Report on vaccination in the Province of Bengal - 1869-1873
Year: 1869
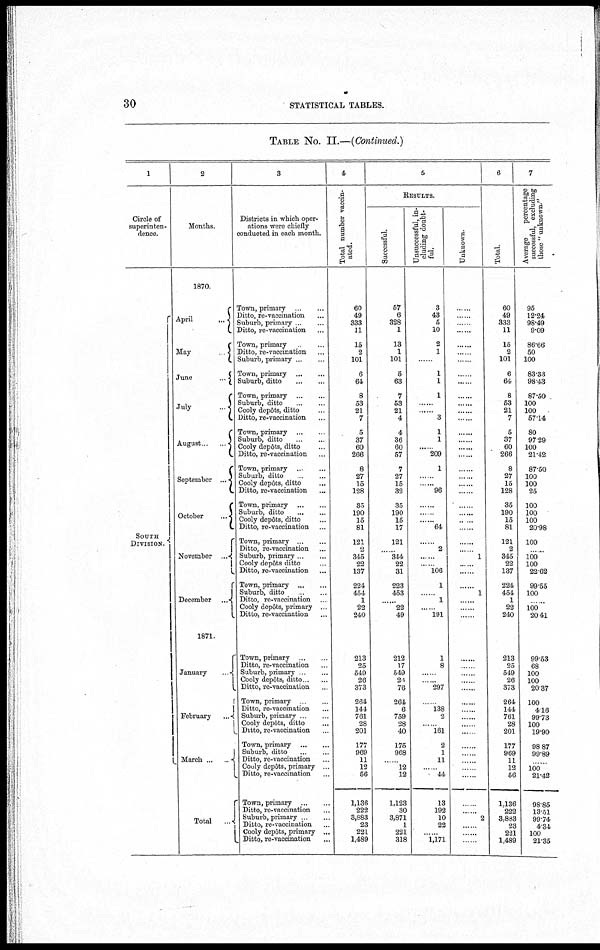
30
STATISTICAL TABLES.
TABLE No. II.—(Continued.)
1
Circle of
superinten-
dence.
SOUTH
DIVISION.
2
Months.
1870.
April
...
May
June
..
July
..
August.. ..
September ...
October
...
November ...
December ...
1871.
January
Febr uar y. .
.
March ...
.
Total ..
3
Districts in which oper-
ations were chiefly
conducted in each month.
Town, primary...
Ditto, re-vaccination...
Suburb, primary .
Ditto, re-vaccination...
Town, primary..
Ditto, re-vaccination...
Suburb, primary.. ...
Town, primary...
...
Suburb, ditto... ...
Town, primary ...
Suburb, ditto.. ...
Cooly depôts, ditto... ...
Ditto, re-vaccination...
Town, primary ...
Suburb, ditto. ...
Cooly depôts, ditto... ...
Ditto, re-vaccination... ...
Town, primary .. ...
Suburb, ditto. ...
Cooly depôts, ditto...
Ditto, re-vaccination...
Town, primary... ...
Suburb,
ditto...
Cooly depôts, ditto...
Ditto, re-vaccination...
Town, primary.. ...
Ditto, re-vaccination... ...
Suburb, primary. ...
Cooly depôts ditto... ...
Ditto, re-vaccination...
Town, primary...
...
Suburb, ditto. ...
Ditto, re-vaccination..
Cooly depôts, primary .
Ditto, re-vaccination...
Town, primary..
Ditto, re-vaccination...
Suburb, primary...
Cooly depôts, ditto .
Ditto, re-vaccination...
Town, primary..
Ditto, re-vaccination... ...
Suburb, primary... ...
Cooly depôts, ditto... ...
Ditto, re-vaccination... ...
Town, primary...
...
Suburb, ditto... ...
Ditto, re-vaccination... ...
Cooly depôts, primary . .
Ditto, re-vaccination...
Town, primary...
...
Ditto, re-vaccination...
Suburb, primary...
Ditto, re-vaccination.
Cooly depôts, primary ...
Ditto, re-vaccination ...
4
Total number vaccin-
ated.
60
49
333
11
15
2
101
6
64
8
53
21
7
5
37
60
266
8
27
15
128
35
190
15
81
121
2
345
22
137
224
454
1
22
240
213
25
549
26
373
264
144
761
28
201
177
969
11
12
56
1,136
222
3,883
23
221
1,489
5
RESULTS.
Successful.
57
6
328
1
13
1
101
5
63
7
53
21
4
4
36
60
57
7
27
15
32
35
190
15
17
121
......
344
22
31
223
453
...... 22
49
212
17
549
26
76
264
6
759
28
40
175
968
.. .
12
12
1,123
30
3,871
1
221
318
Unsuccessful, in-
cluding doubt-
ful.
3
43
5
10
2
1
1
1
1
.. ...
......
3
1
1
... 209
1
.. .
. ...
96
......
.
......
64
......
2
......
......
106
1
....
1
......
l91
1
8
..
.. 297
......
138
2
...
161
2
1
11
... ... 44
13
192
10
22
1,171
Unknown
... ...
... ...
... ...
... ...
... ...
... .
...
... ...
......
......
......
......
......
. ...
......
......
......
......
......
......
......
... .
1
......
1
...... ..
......
......
......
......
......
......
...
......
......
...
... ..
... ..
.. ...
.. ..
... ..
......
...... 2
......
6
Total
60
49
333
11
15
2
101
6
64
8
53
21
7
5
37
60
266
8
27
15
128
35
190
15
81
121
2
345
22
137
224
454
1
22
240
213
25
549
26
373
264
144
761
28
201
177
969
11
12
56
1,136
222
3,883
23
221
1,489
7
Average
percentage
successful, excluding
those " unknown."
95
12.24
98.49
9.09
86.66
50
100
83.33
98.43
87.50
100
100
57.14
80
97.29
100
21.42
87.50
100
100
25
100
100
100
20.98
100
.. ..
100
100
22.62
99.55
100
.. 100
20.41
99.53
68
100
100
20.37
100
416
99.73
100
19.90
98.87
99.89
...
100
21.42
98.85
13.51
99.74
4.34
100
21.35